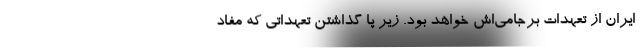
ایران از تعهدات برجامی‌اش خواهد بود. زیر پا گذاشتن تعهداتی که مفاد